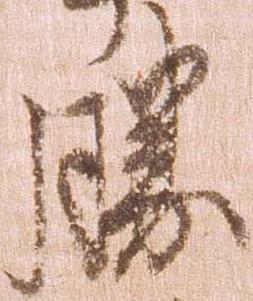
勝